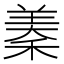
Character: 𮵣